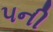
૫ની